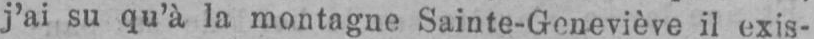
j’ai su qu’à la montagne Sainte-Geneviève il exis-